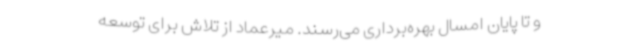
و تا پایان امسال بهره‌برداری می‌رسند. میرعماد از تلاش برای توسعه